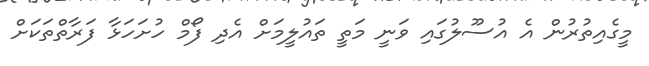
މީގެއިތުރުން އެ އުސޫލުގައި ވަނީ މަތީ ތައުލީމަށް އެދި ފޯމް ހުށަހަޅާ ފަރާތްތަކަށް